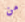
من